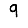
Digit: 9